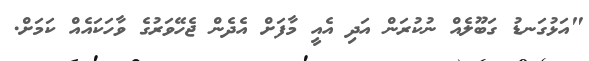
"އަޅުގަނޑު ގަބޫލެއް ނުކުރަން އަދި އެއީ މާފަށް އެދެން ޖެހޭވަރުގެ ވާހަކައެއް ކަމަށް.